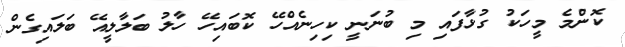
ކޮންމެ މީހަކު ގުޅާފައި މި ބުނަނީ ކިހިނެއްހޭ ކޮބައިހޭ ހާލު ބަލާލީއޭ ބަލައިގެން